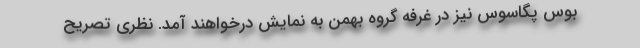
بوس پگاسوس نیز در غرفه گروه بهمن به نمایش درخواهند آمد. نظری تصریح